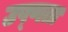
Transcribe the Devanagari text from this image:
उष्‍णता